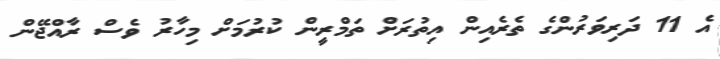
އެ 11 ދަރިވަރުންގެ ތެރެއިން އިތުރަށް ތަމްރީން ކުރުމަށް މިހާރު ވެސް ރާއްޖޭން